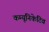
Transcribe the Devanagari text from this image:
कम्यूनिकेटिव